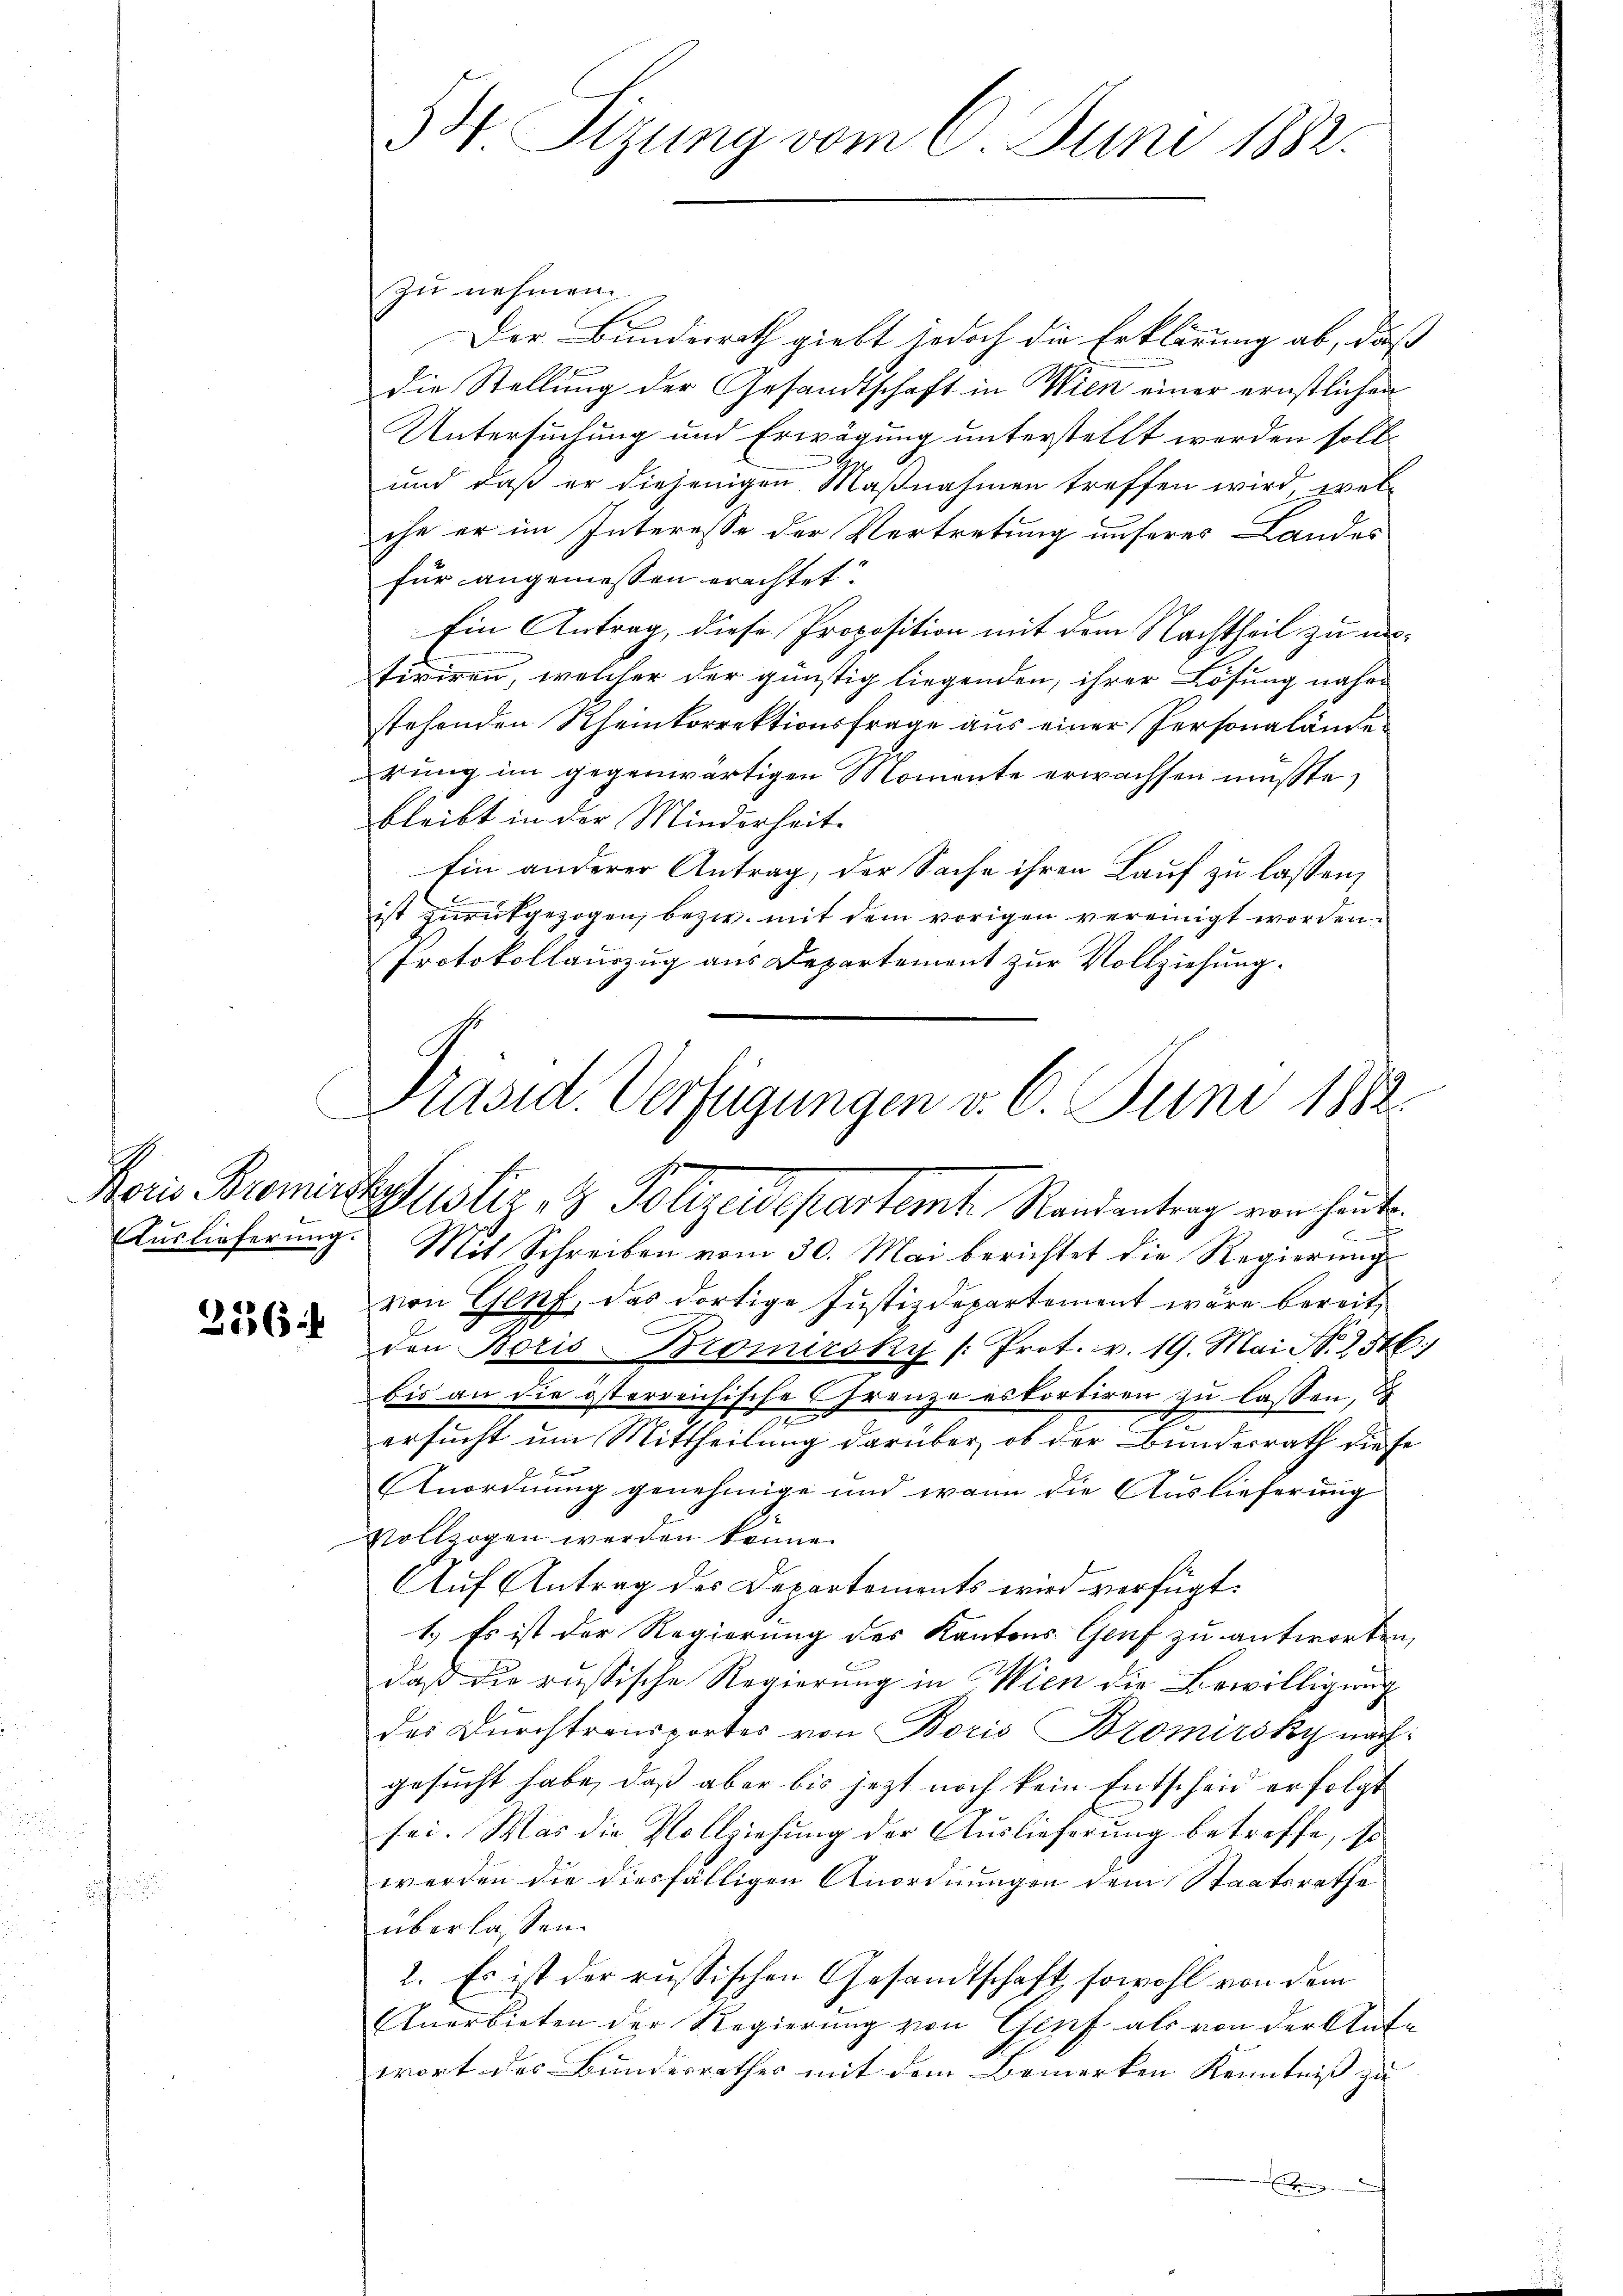
256

34. Sizung vom 8. Juni 1882.

zu nehmen.
Der Bundesrath giebt jedoch die Erklärung ab, daß
die Stellung der Gesandtschaft in Wien einer ernstlichen
Untersuchung und Erwägung unterstellt werden soll¬
und daß er diejenigen Maßnahmen treffen wird, welche er im Interesse der Vertretung unseres Landes
für angemessen erachtet.
Ein Antrag, diese Proposition mit dem Nachtheil zu untiviren, welcher der günstig liegenden, ihrer Lösung näher
stehenden Rheinkorrektionsfrage aus einer Personalände
rung im gegenwärtigen Momente erwachsen müßte,
bleibt in der Minderheit.
Ein anderer Antrag, der Sache ihren Lauf zu lassen,
ist zŭrückgezogen, bezw. mit dem vorigen vereinigt worden.
Protokollauszug aus Departement zur Vollziehung.
Aŭslieferŭng. Mit Schreiben vom 30. Mai berichtet die Regierŭngs-
von Genf, das dortige Justizdepartement wäre bereit,
den Boris-Bromirsky (Prot. v. 19. Mai N. 256:
bis an die österreichische Grenze es kortiren zu lassen,
2
ersucht um Mittheilung darüber, ob der Bundesrath diese
Anordnung genehmige und wann die Auslieferung
Vollzogen werden könne.
Auf Antrag des Departements wird verfügt:
1.) Es ist der Regierung des Kantons Genf zu antworten,
daß die russische Regierung in Wien die Bewilligung
das Durchtransportes von Boris Bzomirsky nach:
gesucht habe, daß aber bis jezt noch kein Entscheid erfolgt
sei. Was die Vollziehung der Auslieferung betreffe, so
werden die diesfälligen Anordnungen dem Staatsrathe
überlassen.
2. Es ist der russischen Gesandtschaft, sowohl von dem
Anerbieten der Regierung von Genf als von der Aufwort des Bundesrathes mit dem Bemerken Kenntnis zu |

Präsid. Verfügungen v. 6. Juni 1882.
Paris Bremittaustiz & Polizeidepartemt Randantrag von heute
Br